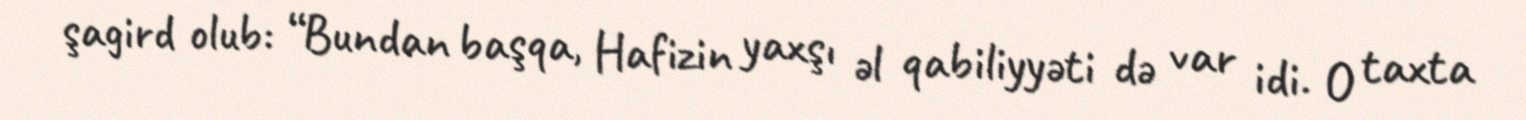
şagird olub: “Bundan başqa, Hafizin yaxşı əl qabiliyyəti də var idi. O taxta